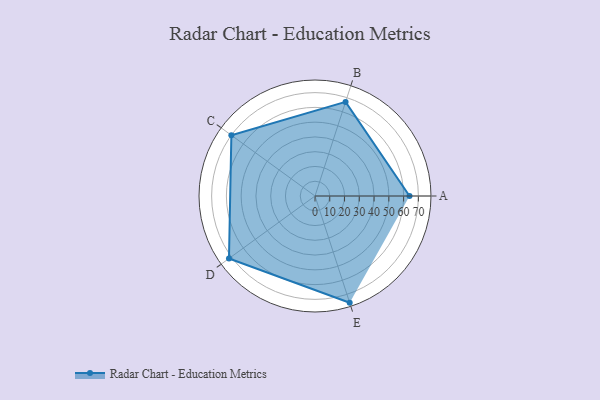
{"axis": {"x": "Skill", "y": "Score"}, "legend": ["Profile"], "data": [{"x": "A", "y": 64.0, "type": "Profile"}, {"x": "B", "y": 67.0, "type": "Profile"}, {"x": "C", "y": 70.0, "type": "Profile"}, {"x": "D", "y": 72.0, "type": "Profile"}, {"x": "E", "y": 76.0, "type": "Profile"}]}